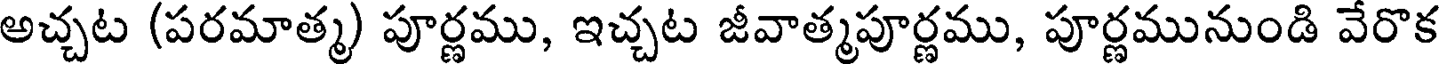
అచ్చట (పరమాత్మ) పూర్ణము, ఇచ్చట జీవాత్మపూర్ణము, పూర్ణమునుండి వేరొక